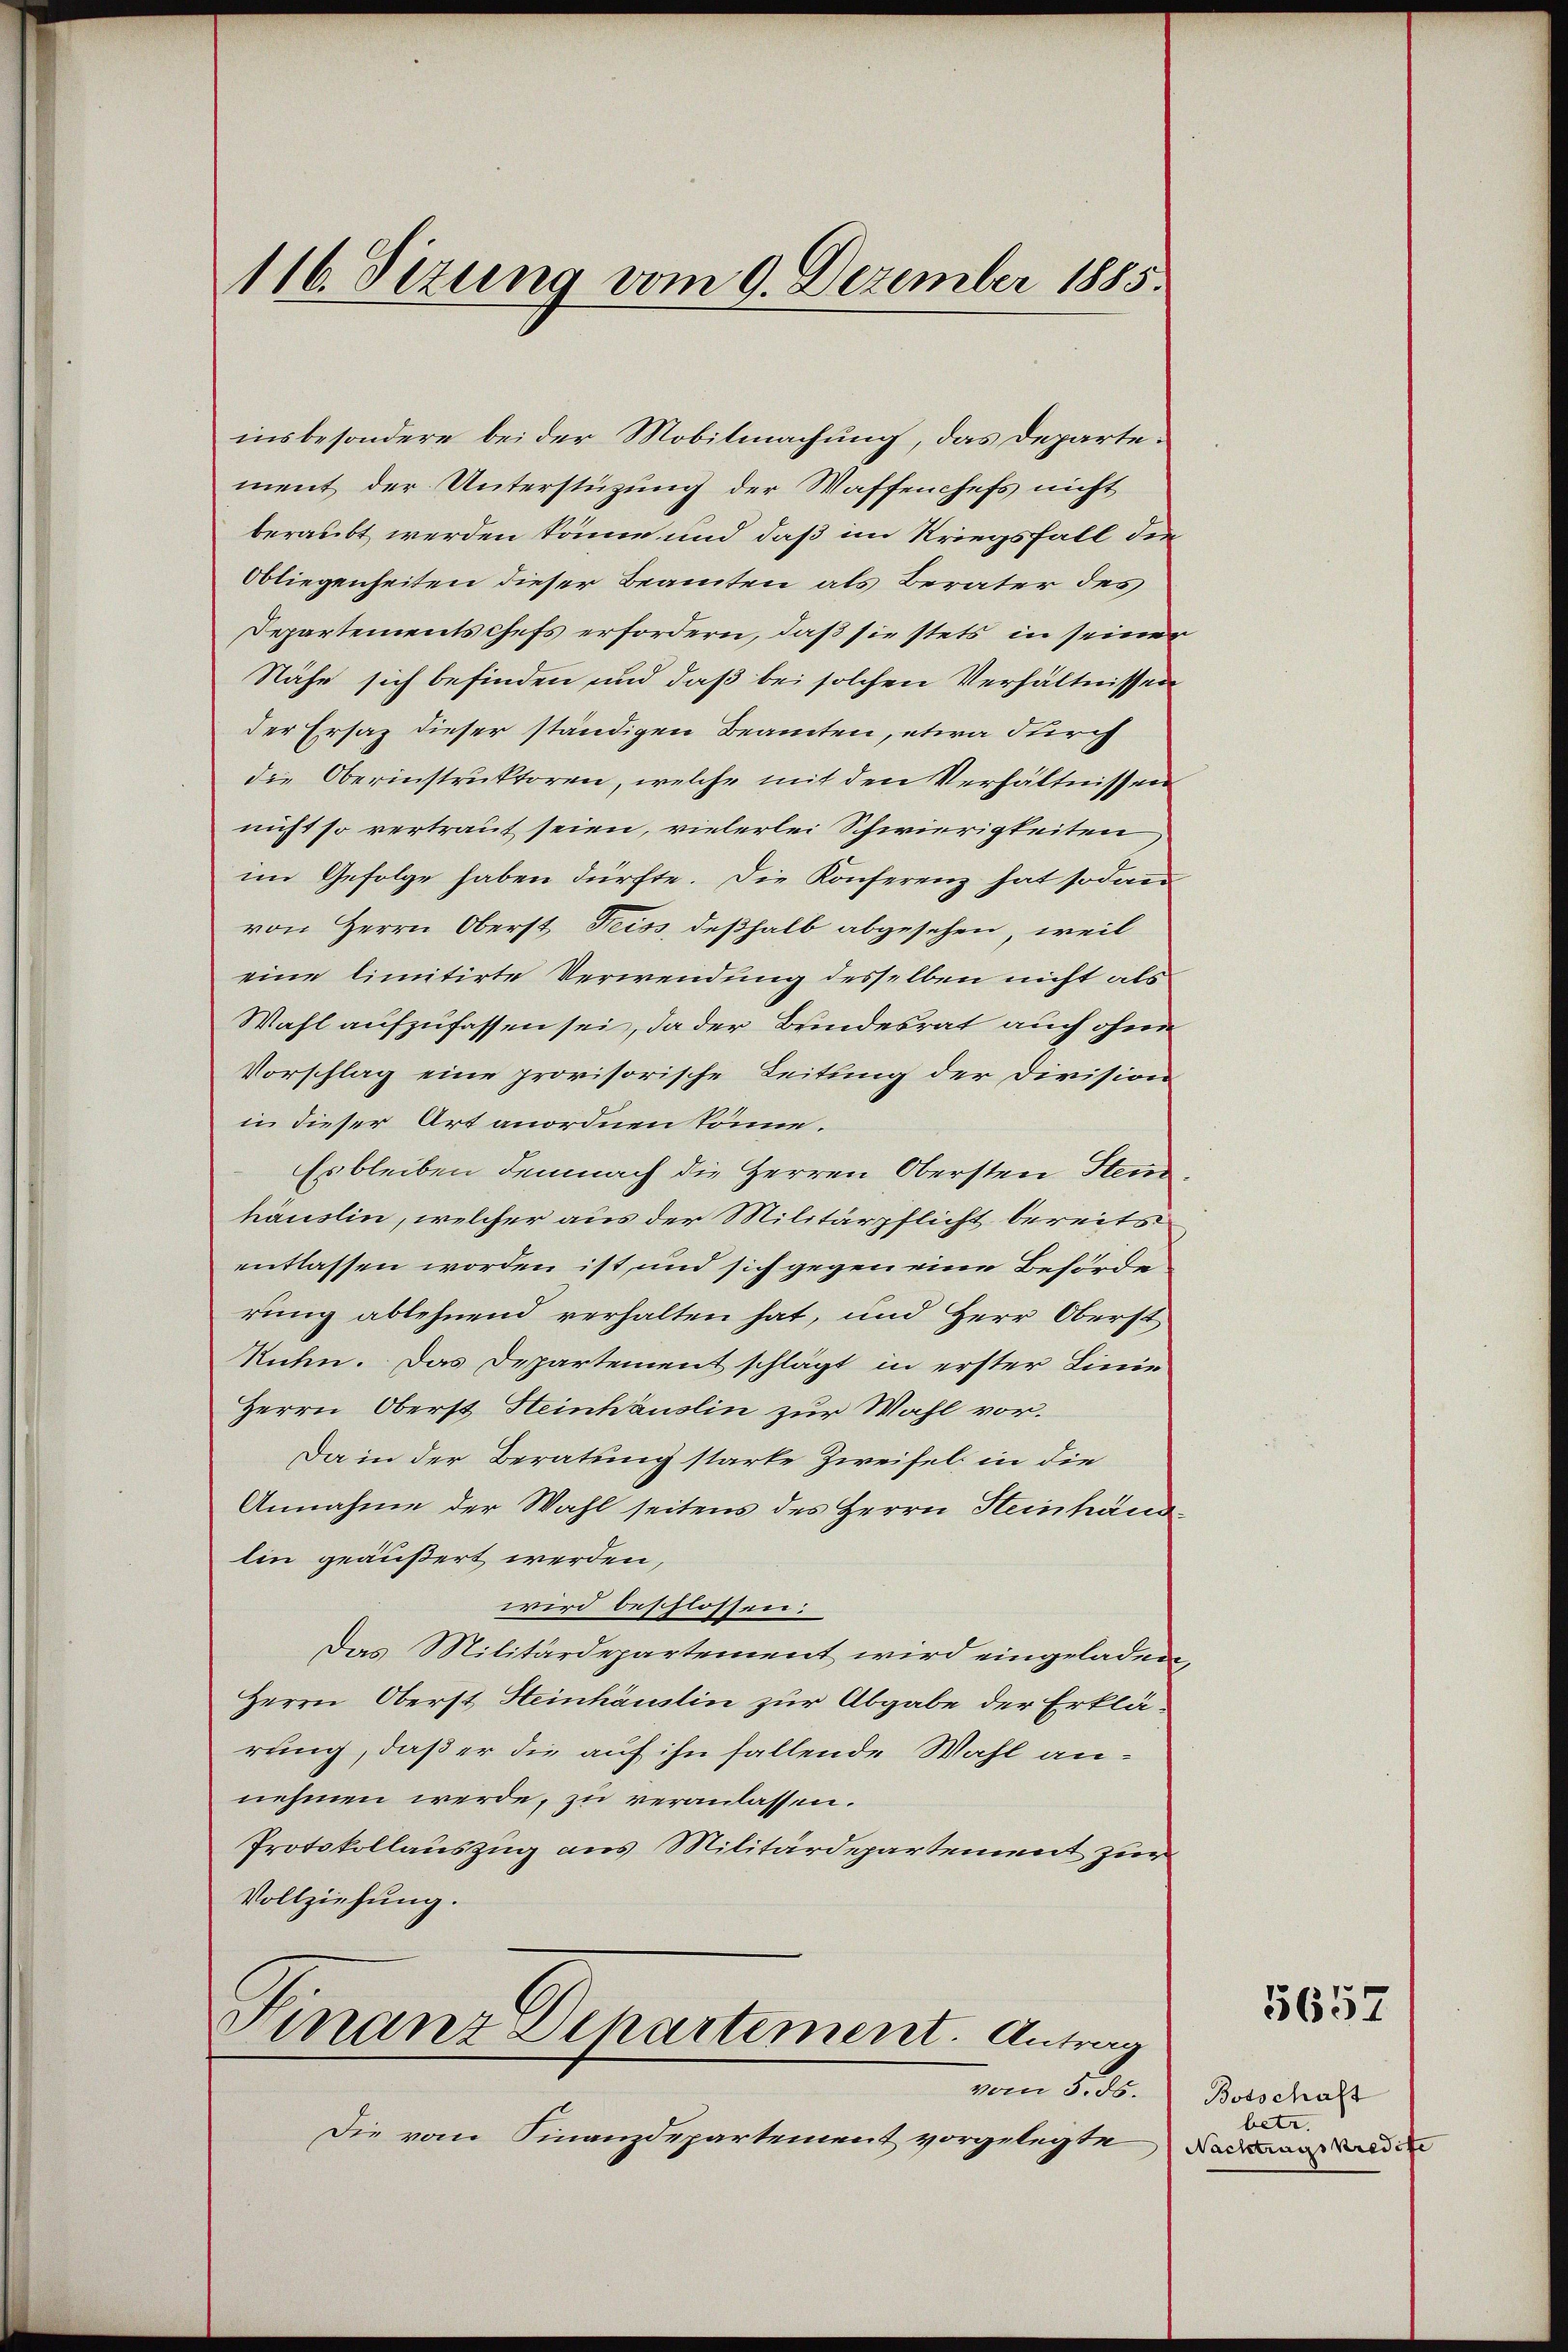
insbesondere bei der Mobilmachung, das Departement der Unterstützung der Waffenchefs nicht
beraubt werden könne und daß im Kriegsfall der
Obliegenheiten dieser Beamten als Berater des
Departementschefs erfordern, daß sie stets in seine
Nähe sich befinden und daß bei solchen Verhältnissen
der Ersaz dieser ständigen Beamten, etwa durch
die Oberinstruktoren, welche mit den Verhältnissen
nicht so vertraut seien, vielerlei Schwierigkeiten
im Gefolge haben dürfte. Die Konferenz hat sodann
von Herrn Oberst Freiss, deßhalb abgesehen, weil
eine limitirte Verwendung desselben nicht als
Wahl aufzufassen sei, da der Bundesrat auch ohne
Vorschlag eine provisorische Leitung der Division
in dieser Ort anordnen könne.
Es bleiben demnach die Herren Obersten Stein
häuslin, welcher aus der Militärpflicht bereits
entlassen worden ist, und sich gegen eine Behörde
rung ablehnend verhalten hat, und Herr Oberst
Ruhn. Das Departement schlägt in erster Linie
Herrn Oberst Heinhäuslin zur Wahl vor.
Da in der Beratung starke Zweifel, in die
Annahme der Wahl seitens des Herrn Steinhäus
lin geäußert werden,
wird beschlossen:
Das Militärdepartement wird eingeladen,
Herrn Oberst Heinhäuslin zur Abgabe der Erklärung, daß er die auf ihn fallende Wahl annehmen werde, zu veranlassen.
Protokollauszug aus Militärdepartement zur
Vollziehung.

116. Sezung vom 9. Dezember 1885.

Finanz Departement. Antrag

vom 8. ds.
Die vom Finanzdepartement vorgelegte

5657

Botschaft
betr.
Nachtragskredite